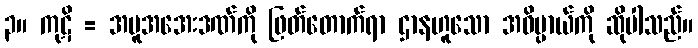
၃။ ကုဋိ = အပူအအေးဒဏ်ကို ဖြတ်တောက်ရာ ဌာနဟူသော အဓိပ္ပာယ်ကို ဆိုပါသည်။